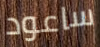
ساعود